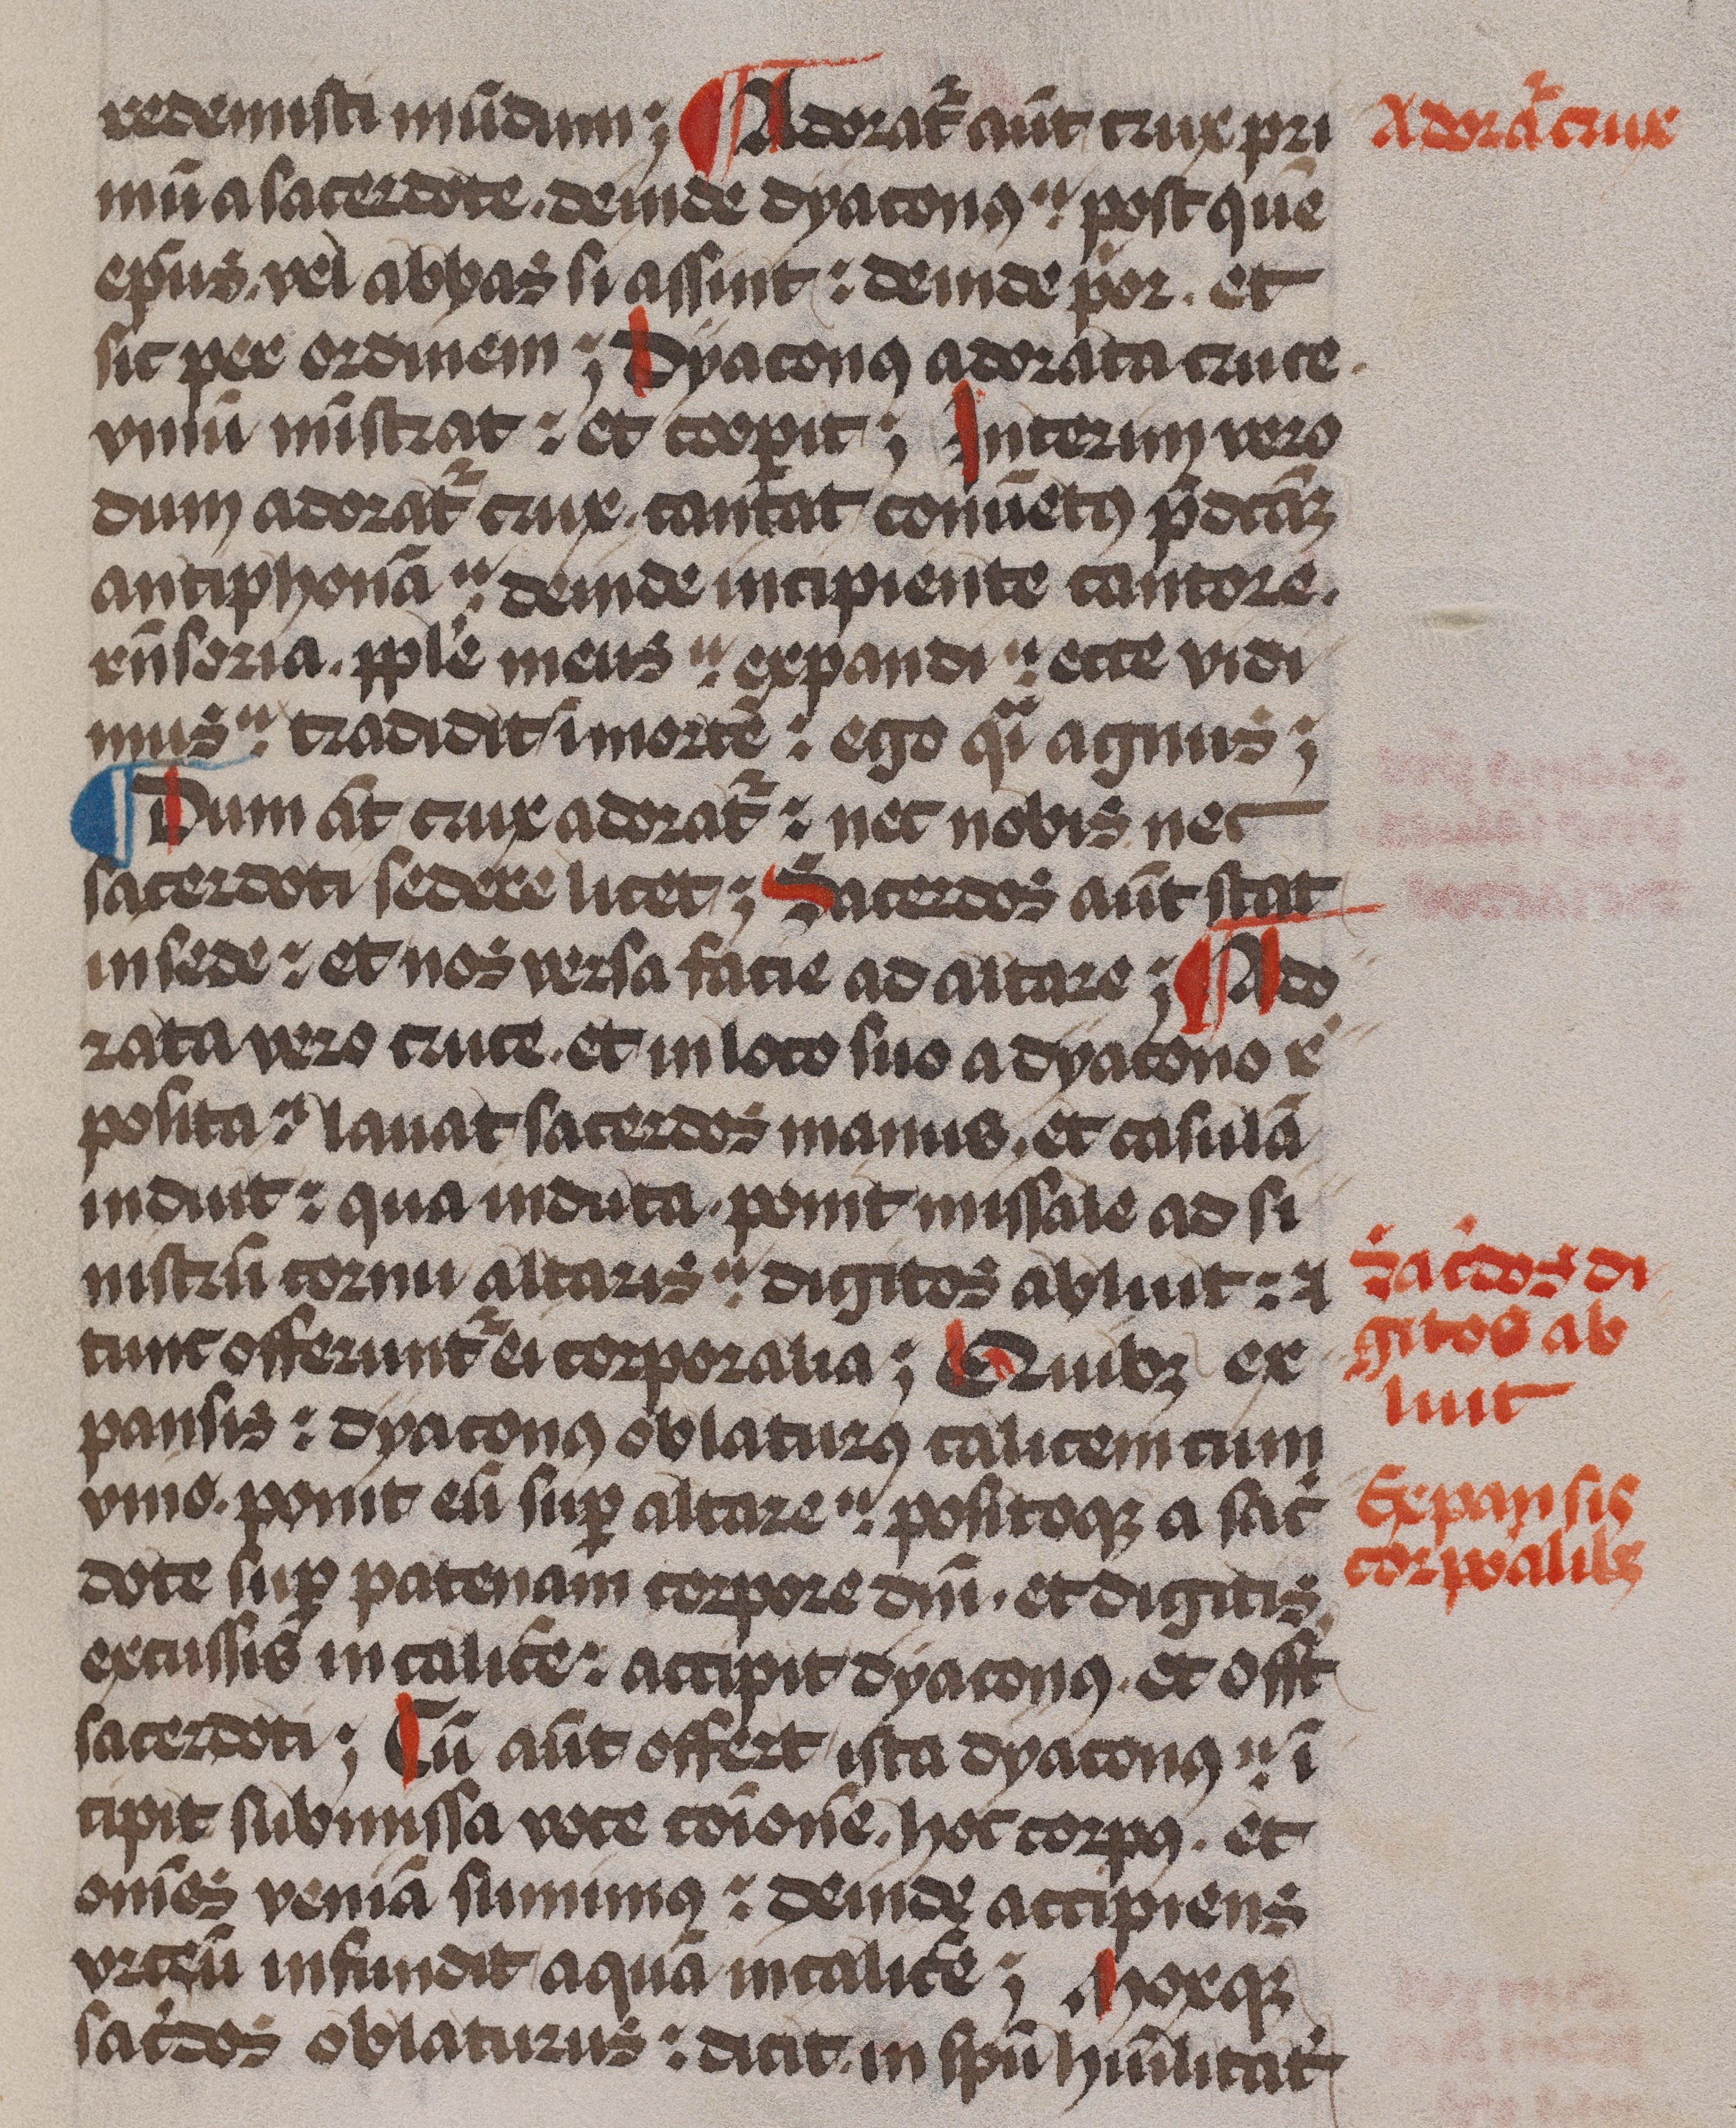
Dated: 1479–1479